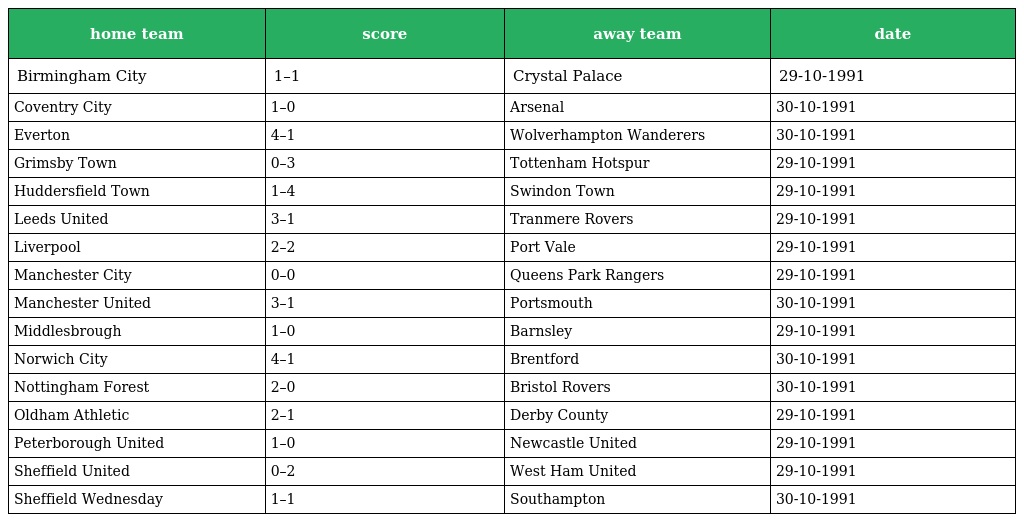
| home team | score | away team | date |
 | --- | --- | --- | --- |
 | Birmingham City | 1–1 | Crystal Palace | 29-10-1991 |
 | Coventry City | 1–0 | Arsenal | 30-10-1991 |
 | Everton | 4–1 | Wolverhampton Wanderers | 30-10-1991 |
 | Grimsby Town | 0–3 | Tottenham Hotspur | 29-10-1991 |
 | Huddersfield Town | 1–4 | Swindon Town | 29-10-1991 |
 | Leeds United | 3–1 | Tranmere Rovers | 29-10-1991 |
 | Liverpool | 2–2 | Port Vale | 29-10-1991 |
 | Manchester City | 0–0 | Queens Park Rangers | 29-10-1991 |
 | Manchester United | 3–1 | Portsmouth | 30-10-1991 |
 | Middlesbrough | 1–0 | Barnsley | 29-10-1991 |
 | Norwich City | 4–1 | Brentford | 30-10-1991 |
 | Nottingham Forest | 2–0 | Bristol Rovers | 30-10-1991 |
 | Oldham Athletic | 2–1 | Derby County | 29-10-1991 |
 | Peterborough United | 1–0 | Newcastle United | 29-10-1991 |
 | Sheffield United | 0–2 | West Ham United | 29-10-1991 |
 | Sheffield Wednesday | 1–1 | Southampton | 30-10-1991 |